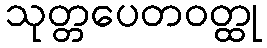
သုတ္တပေတဝတ္ထု